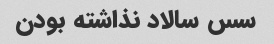
سس سالاد نذاشته بودن